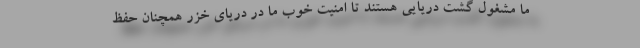
ما مشغول گشت دریایی هستند تا امنیت خوب ما در دریای خزر همچنان حفظ